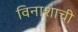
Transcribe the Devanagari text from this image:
विनाशाची